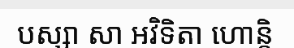
បស្សា សា អវិទិតា ហោន្តិ